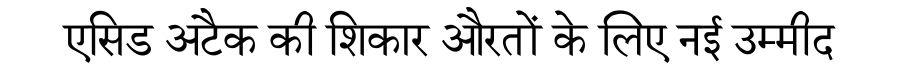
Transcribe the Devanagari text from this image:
एसिड अटैक की शिकार औरतों के लिए नई उम्मीद